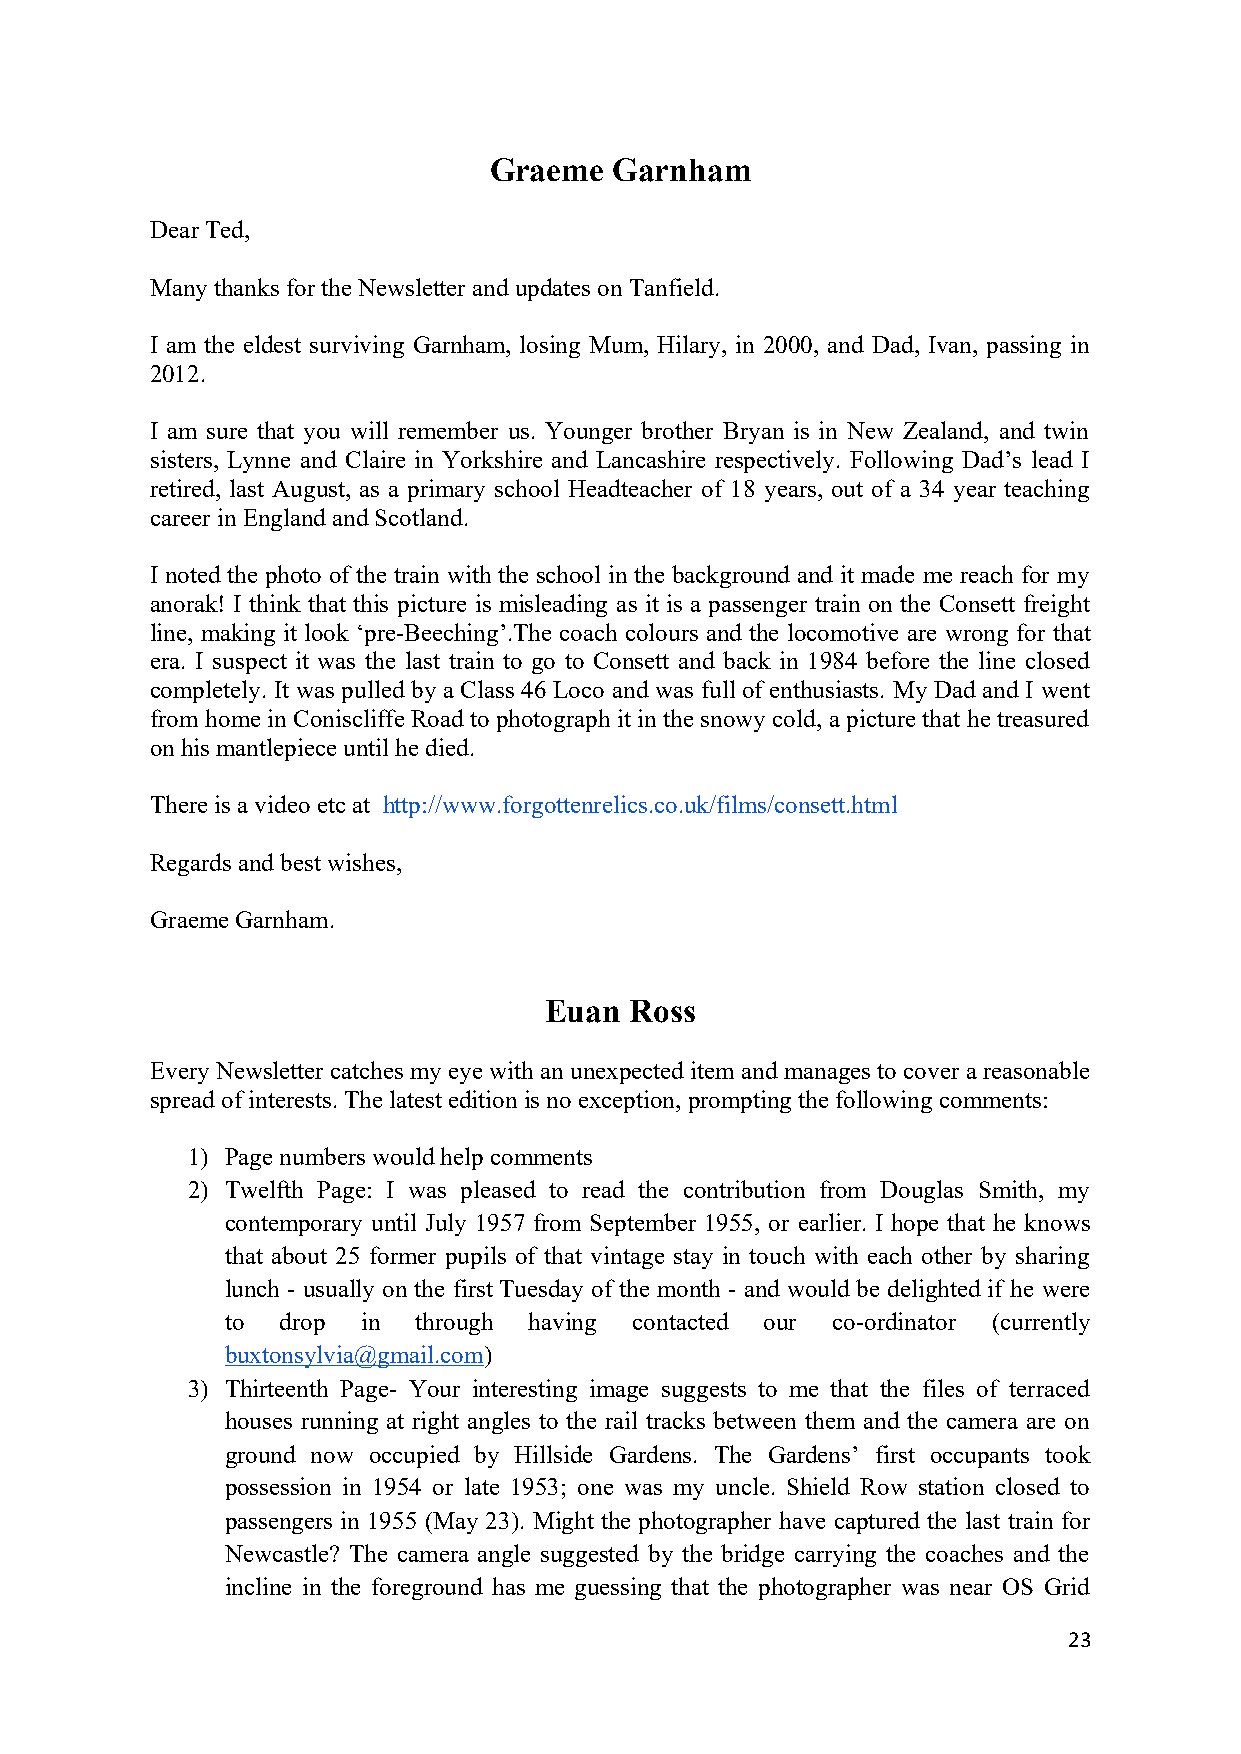
Graeme   Garnham
 Dear Ted,
 Many thanks for the Newsletter and updates on Tanfield.
 I am the eldest surviving Garnham, losing Mum, Hilary, in 2000, and Dad, Ivan, passing in
 2012.
 I am sure that you will remember us. Younger brother Bryan is in New Zealand, and twin
 sisters, Lynne and Claire in Yorkshire and Lancashire respectively. Following Dad’s lead I
 retired, last August, as a primary school Headteacher of 18 years, out of a 34 year teaching
 career in England and Scotland.
 I noted the photo of the train with the school in the background and it made me reach for my
 anorak! I think that this picture is misleading as it is a passenger train on the Consett freight
 line, making it look ‘pre-Beeching’.The coach colours and the locomotive are wrong for that
 era. I suspect it was the last train to go to Consett and back in 1984 before the line closed
 completely. It was pulled by a Class 46 Loco and was full of enthusiasts. My Dad and I went
 from home in Coniscliffe Road to photograph it in the snowy cold, a picture that he treasured
 on his mantlepiece until he died.
 There is a video etc at http://www.forgottenrelics.co.uk/films/consett.html
 Regards and best wishes,
 Graeme Garnham.
 Euan  Ross
 Every Newsletter catches my eye with an unexpected item and manages to cover a reasonable
 spread of interests. The latest edition is no exception, prompting the following comments:
 1) Page numbers would help comments
 2) Twelfth Page: I was pleased to read the contribution from Douglas Smith, my
 contemporary until July 1957 from September 1955, or earlier. I hope that he knows
 that about 25 former pupils of that vintage stay in touch with each other by sharing
 lunch - usually on the first Tuesday of the month - and would be delighted if he were
 to  drop in  through having contacted our co-ordinator (currently
 buxtonsylvia@gmail.com)
 3) Thirteenth Page- Your interesting image suggests to me that the files of terraced
 houses running at right angles to the rail tracks between them and the camera are on
 ground now occupied by Hillside Gardens. The Gardens’ first occupants took
 possession in 1954 or late 1953; one was my uncle. Shield Row station closed to
 passengers in 1955 (May 23). Might the photographer have captured the last train for
 Newcastle? The camera angle suggested by the bridge carrying the coaches and the
 incline in the foreground has me guessing that the photographer was near OS Grid
 23